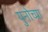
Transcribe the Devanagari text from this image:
युनोच्या